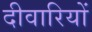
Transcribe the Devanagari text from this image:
दीवारियों